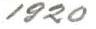
1920